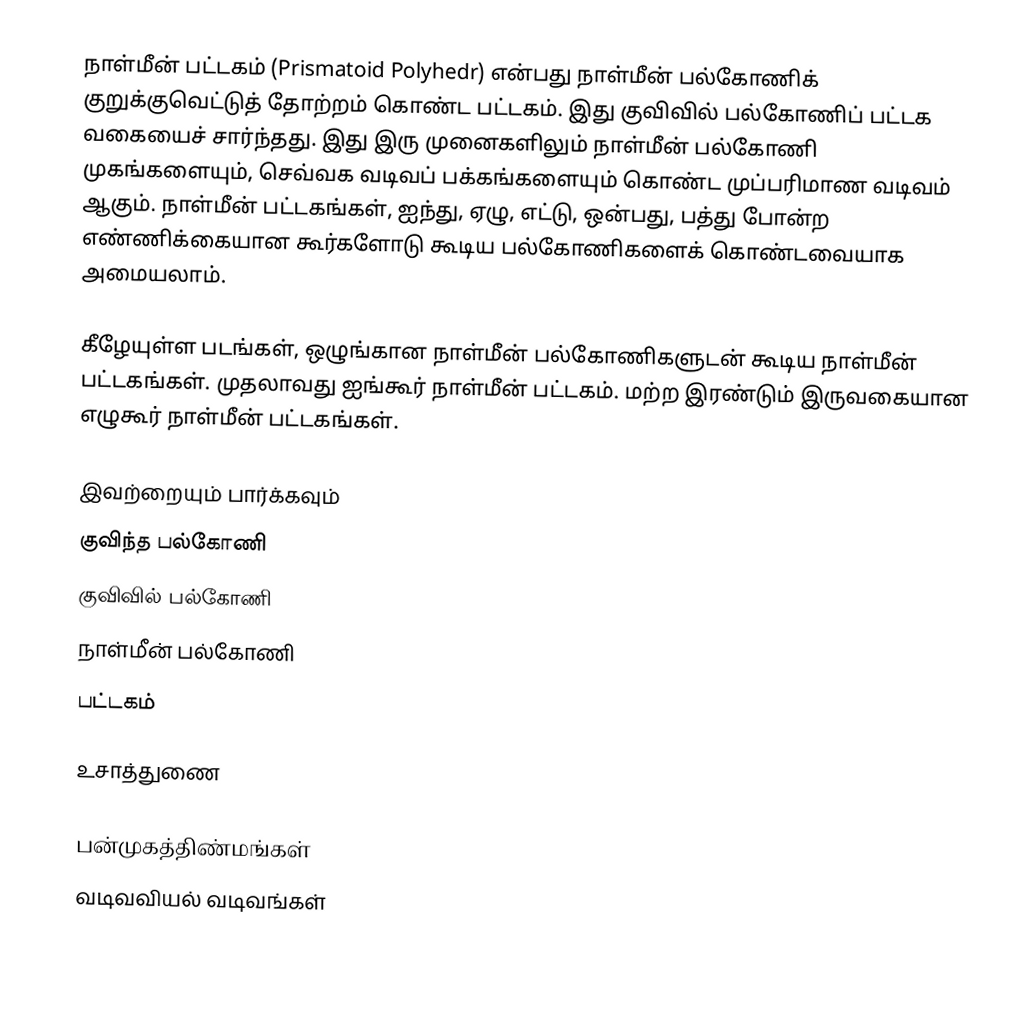
நாள்மீன் பட்டகம் (Prismatoid Polyhedr) என்பது நாள்மீன் பல்கோணிக் குறுக்குவெட்டுத் தோற்றம் கொண்ட பட்டகம். இது குவிவில் பல்கோணிப் பட்டக வகையைச் சார்ந்தது. இது இரு முனைகளிலும் நாள்மீன் பல்கோணி முகங்களையும், செவ்வக வடிவப் பக்கங்களையும் கொண்ட முப்பரிமாண வடிவம் ஆகும். நாள்மீன் பட்டகங்கள், ஐந்து, ஏழு, எட்டு, ஒன்பது, பத்து போன்ற எண்ணிக்கையான கூர்களோடு கூடிய பல்கோணிகளைக் கொண்டவையாக அமையலாம்.

கீழேயுள்ள படங்கள், ஒழுங்கான நாள்மீன் பல்கோணிகளுடன் கூடிய நாள்மீன் பட்டகங்கள். முதலாவது ஐங்கூர் நாள்மீன் பட்டகம். மற்ற இரண்டும் இருவகையான எழுகூர் நாள்மீன் பட்டகங்கள்.

இவற்றையும் பார்க்கவும்
 குவிந்த பல்கோணி
 குவிவில் பல்கோணி
 நாள்மீன் பல்கோணி
 பட்டகம்

உசாத்துணை

பன்முகத்திண்மங்கள்
வடிவவியல் வடிவங்கள்